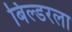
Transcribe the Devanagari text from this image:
बिल्डरला